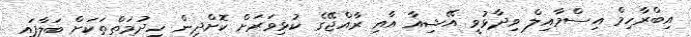
އިބްރާހިމް އިސްމާއިލް ވިދާޅުވީ އޭޝިއާ އާއި ރާއްޖޭގެ ކުޅިވަރަށް ކޮށްދިން ހިދުމަތްތަކަށް ބަލާފައި